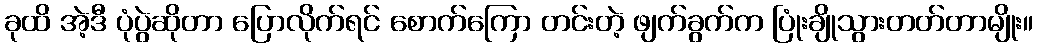
ခုထိ အဲ့ဒီ ပုံပွဲဆိုတာ ပြောလိုက်ရင် စောက်ကြော တင်းတဲ့ ဖျက်ခွက်က ပြုံးချိုသွားတတ်တာမျိုး။